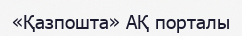
«Қазпошта» АҚ порталы